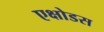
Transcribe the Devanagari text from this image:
एक्षोडस